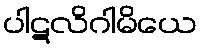
ပါဋလိဂါမိယေ